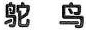
鸵 鸟